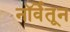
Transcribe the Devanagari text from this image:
नॉर्वेतून